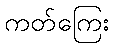
ကတ်ကြေး